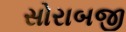
સોરાબજી